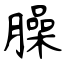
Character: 臊